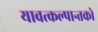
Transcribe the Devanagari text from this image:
यावत्कल्पान्तको